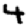
Digit: 4